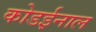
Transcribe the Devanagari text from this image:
कोडईनाल